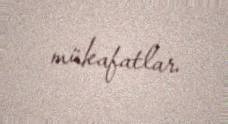
mükafatlar.